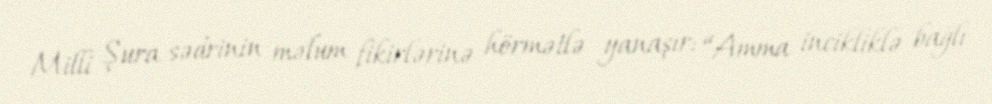
Milli Şura sədrinin məlum fikirlərinə hörmətlə yanaşır: “Amma incikliklə bağlı